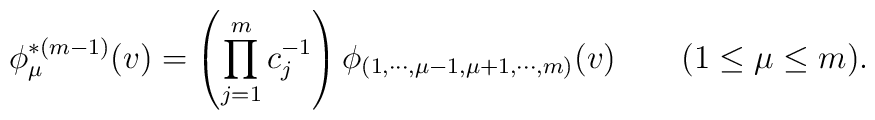
\phi^{*(m-1)}_\mu(v)=\left(\prod_{j=1}^{m}c_j^{-1}\right)\phi_{(1,\cdots,\mu-1,\mu+1,\cdots,m)}(v)\qquad (1\le \mu\le m).